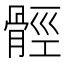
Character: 𩩋